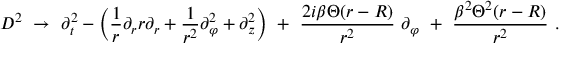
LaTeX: D ^ { 2 } \ \rightarrow \ \partial _ { t } ^ { 2 } - \left( \frac 1 r \partial _ { r } r \partial _ { r } + \frac { 1 } { r ^ { 2 } } \partial _ { \varphi } ^ { 2 } + \partial _ { z } ^ { 2 } \right) \ + \ \frac { 2 i \beta \Theta ( r - R ) } { r ^ { 2 } } \ \partial _ { \varphi } \ + \ \frac { \beta ^ { 2 } \Theta ^ { 2 } ( r - R ) } { r ^ { 2 } } \ .